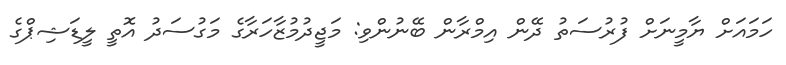
ހަމައަށް ޔާމީނަށް ފުރުސަތު ދޭން އިމްރާން ބޭނުންވި: މަޖީދުމުޒާހަރާގެ މަގުސަދު އޮތީ ލީޑަޝިޕްގެ